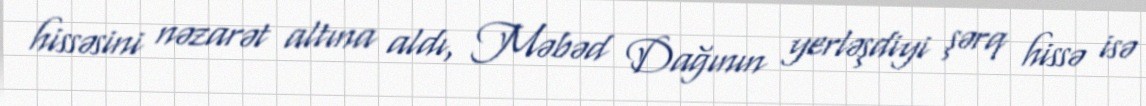
hissəsini nəzarət altına aldı, Məbəd Dağının yerləşdiyi şərq hissə isə